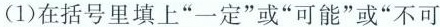
(1)在括号里填上”一定”或”可能”或”不可